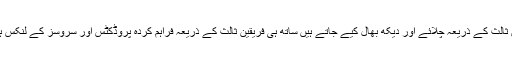
اس ویب سائٹ میں ایسے ویب سائٹوں کے لنکس ہوسکتے ہیں جو کہ فریقین ثالث کے ذریعہ چلائے اور دیکھ بھال کیے جاتے ہیں ساتھ ہی فریقین ثالث کے ذریعہ فراہم کردہ پروڈکٹس اور سروسز کے لنکس ہوسکتے ہیں؛ ایسا کوئی بھی لنک آپ کی سہولت کے لیے فراہم کیا جاتا ہے۔